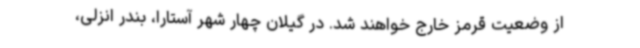
از وضعیت قرمز خارج خواهند شد. در گیلان چهار شهر آستارا، بندر انزلی،